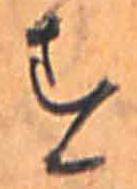
す